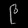
Digit: ၉